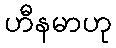
ဟီနမာဟု